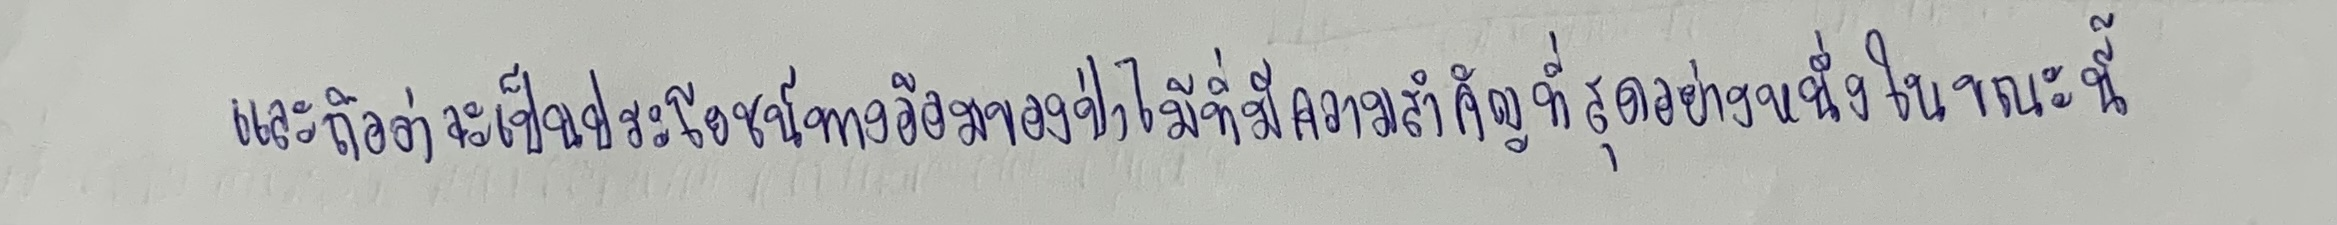
และถือว่าจะเป็นประโยชน์ทางอ้อมของป่าไม้ที่มีความสำคัญที่สุดอย่างหนึ่งในขณะนี้